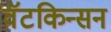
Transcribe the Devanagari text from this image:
वॅटकिन्सन